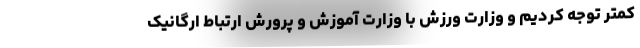
کمتر توجه کردیم و وزارت ورزش با وزارت آموزش و پرورش ارتباط ارگانیک